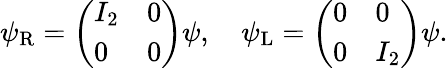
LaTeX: \psi_{\mathrm{{R}}}={\left(\begin{array}{ll}{I_{2}}&{0}\\ {0}&{0}\end{array}\right)}\psi,\quad\psi_{\mathrm{{L}}}={\left(\begin{array}{ll}{0}&{0}\\ {0}&{I_{2}}\end{array}\right)}\psi.